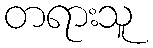
တရားသူ